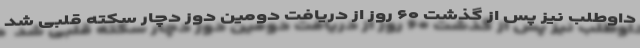
داوطلب نیز پس از گذشت ۶۰ روز از دریافت دومین دوز دچار سکته قلبی شد